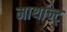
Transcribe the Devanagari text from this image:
मार्थान्ट्